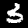
Digit: 3